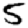
Digit: 5